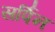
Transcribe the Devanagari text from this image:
सर्पिन